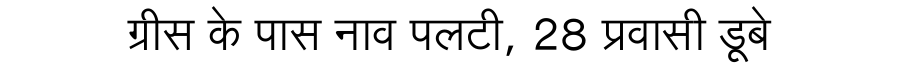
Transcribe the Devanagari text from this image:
ग्रीस के पास नाव पलटी, 28 प्रवासी डूबे